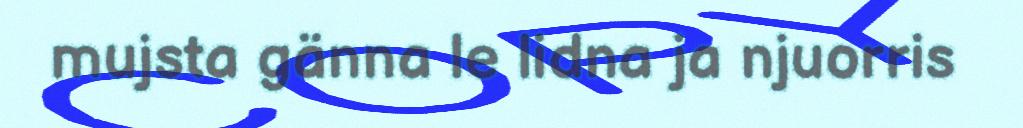
mujsta gänna le lidna ja njuorris